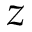
z